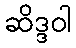
ဆိဒ္ဒဝါ